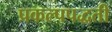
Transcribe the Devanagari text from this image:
प्रकल्पपद्धती